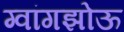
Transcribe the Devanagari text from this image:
ग्वांगझोऊ